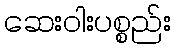
ဆေးဝါးပစ္စည်း